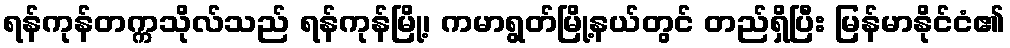
ရန်ကုန်တက္ကသိုလ်သည် ရန်ကုန်မြို့၊ ကမာရွတ်မြို့နယ်တွင် တည်ရှိပြီး မြန်မာနိုင်ငံ၏